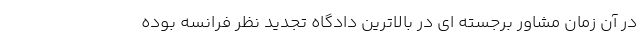
در آن زمان مشاور برجسته ای در بالاترین دادگاه تجدید نظر فرانسه بوده